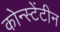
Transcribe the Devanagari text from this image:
कोन्स्टेंटीन